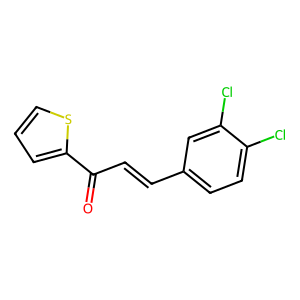
SMILES: O=C(C=Cc1ccc(Cl)c(Cl)c1)c1cccs1
Inhibits HIV replication: No